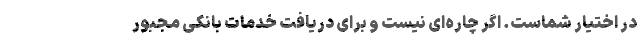
در اختیار شماست. اگر چاره‌ای نیست و برای دریافت خدمات بانکی مجبور